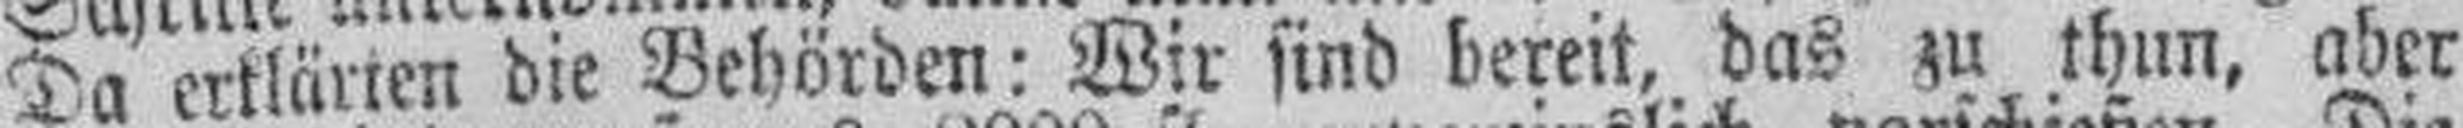
Da erklärten die Behörden: Wir sind bereit, das zu thun, aber